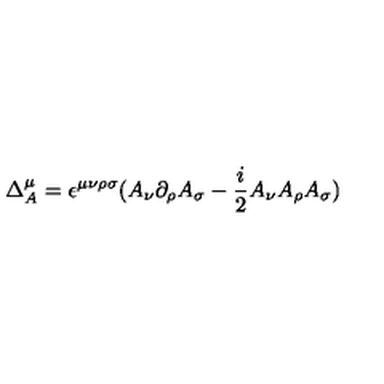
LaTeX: \Delta _ { A } ^ { \mu } = \epsilon ^ { \mu \nu \rho \sigma } ( A _ { \nu } \partial _ { \rho } A _ { \sigma } - { \frac { i } { 2 } } A _ { \nu } A _ { \rho } A _ { \sigma } )